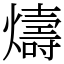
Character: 燽